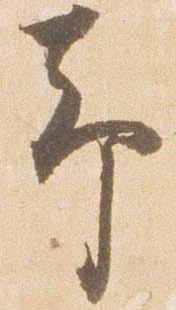
予